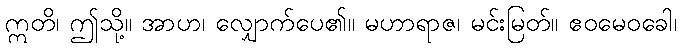
ဣတိ၊ ဤသို့။ အာဟ၊ လျှောက်ပေ၏။ မဟာရာဇ၊ မင်းမြတ်။ ဧဝမေဝခေါ၊